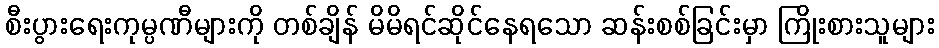
စီးပွားရေးကုမ္ပဏီများကို တစ်ချိန် မိမိရင်ဆိုင်နေရသော ဆန်းစစ်ခြင်းမှာ ကြိုးစားသူများ